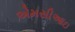
એમસીઆઇ